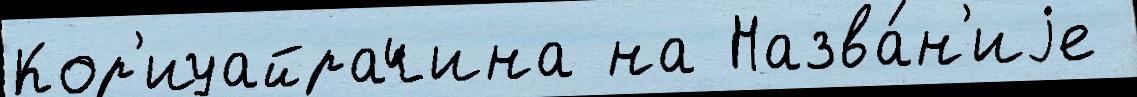
Кор'иуайрачина на Назва́н'иjе